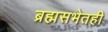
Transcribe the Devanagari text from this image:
ब्रह्मसभेतही